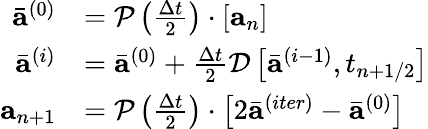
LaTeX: \begin{array}{r}{\begin{array}{rl}{\bar{\mathbf{a}}^{(0)}}&{=\mathcal{P}\left(\frac{\Delta t}{2}\right)\cdot\left[\mathbf{a}_{n}\right]}\\ {\bar{\mathbf{a}}^{(i)}}&{=\bar{\mathbf{a}}^{(0)}+\frac{\Delta t}{2}\mathcal{D}\left[\bar{\mathbf{a}}^{(i-1)},t_{n+1/2}\right]}\\ {\mathbf{a}_{n+1}}&{=\mathcal{P}\left(\frac{\Delta t}{2}\right)\cdot\left[2\bar{\mathbf{a}}^{(iter)}-\bar{\mathbf{a}}^{(0)}\right]}\end{array}}\end{array}